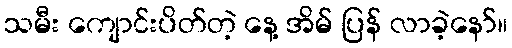
သမီး ကျောင်းပိတ်တဲ့ နေ့ အိမ် ပြန် လာခဲ့နော်။